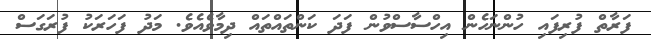
ފަރާތް ފުރިފައި ހުންނަހެން އިހްސާސްވުން ފަދަ ކަންތައްތައް ދިމާވެއެވެ. މަދު ފަހަރަކު ފުރަގަސް